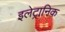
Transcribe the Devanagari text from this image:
इलेट्रानिक